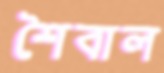
শৈবাল